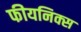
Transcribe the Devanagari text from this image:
फीयनिक्स